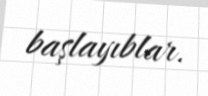
başlayıblar.